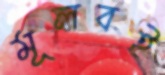
মূলবই